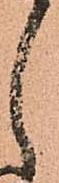
し